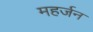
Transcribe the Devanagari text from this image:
महर्जन